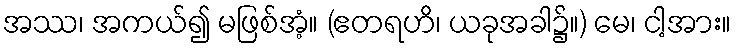
အဿ၊ အကယ်၍ မဖြစ်အံ့။ (ဧတရဟိ၊ ယခုအခါ၌။) မေ၊ ငါ့အား။